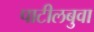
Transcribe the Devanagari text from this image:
पाटीलबुवा